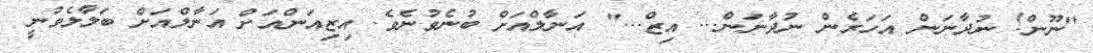
"ނޫން! ނުދާނަން އަހަރެން ނުދާނަން... އިޒް..." އަނާލްއަށް ބުނެވުނެވެ. އިޒިއަންއަށް އަނާލްއަށް ބަލާލެވުނީ